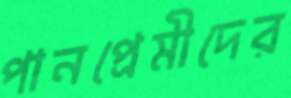
পানপ্রেমীদের